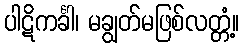
ပါဋိကင်္ခါ၊ မချွတ်မဖြစ်လတ္တံ့။